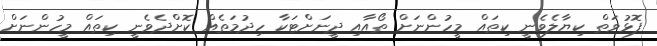
ފޮޅުވަތް ކިޔާލެވެނީ ކިތައް މީހުންނަށް ތޯއާއި ދީނަށްޓަކާ ހިދުމަތެއް ކޮށްދެވެނީ ކިތައް މީހުންނަށް